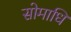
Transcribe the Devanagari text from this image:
सोमाधि